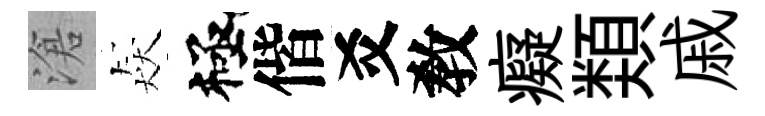
滄猋極偕爻敎癡𩔖戚